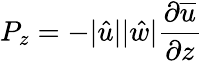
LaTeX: P_{z}=-|\hat{u}||\hat{w}|\frac{\partial{\overline{{u}}}}{\partial z}